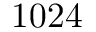
1 0 2 4